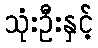
သုံးဦးနှင့်